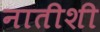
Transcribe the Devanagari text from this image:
नातीशी